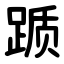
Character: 踬